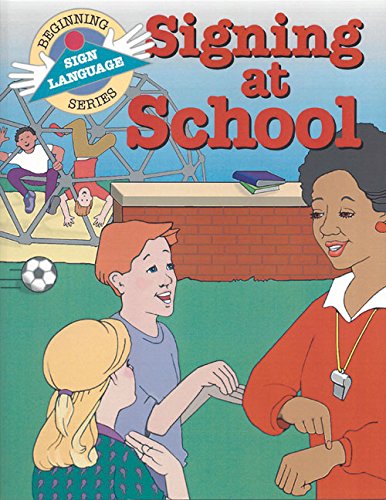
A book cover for Signing at School (Beginning Sign Language Series) (Signed English); S. Harold Collins; Reference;